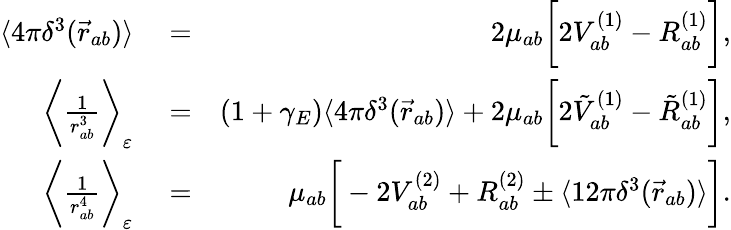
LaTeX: \begin{array}{rlr}{\langle 4\pi\delta^{3}(\vec{r}_{ab})\rangle}&{{}=}&{2\mu_{ab}\bigg[2V_{ab}^{(1)}-R_{ab}^{(1)}\bigg],}\\ {\bigg\langle\frac{1}{r_{ab}^{3}}\bigg\rangle_{\varepsilon}}&{{}=}&{\left(1+\gamma_{E}\right)\langle 4\pi\delta^{3}(\vec{r}_{ab})\rangle+2\mu_{ab}\bigg[2\tilde{V}_{ab}^{(1)}-\tilde{R}_{ab}^{(1)}\bigg],}\\ {\bigg\langle\frac{1}{r_{ab}^{4}}\bigg\rangle_{\varepsilon}}&{{}=}&{\mu_{ab}\bigg[-2{V}_{ab}^{(2)}+{R}_{ab}^{(2)}\pm\langle 12\pi\delta^{3}(\vec{r}_{ab})\rangle\bigg].}\end{array}